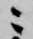
ニ